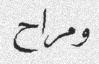
ومراح